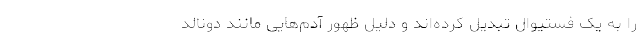
را به یک فستیوال تبدیل کرده‌اند و دلیل ظهور آدم‌هایی مانند دونالد